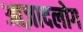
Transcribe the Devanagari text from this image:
आज़ादलोग